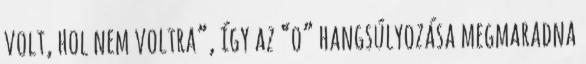
volt, hol nem voltra”, így az “o” hangsúlyozása megmaradna